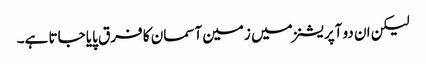
لیکن ان دو آپریشنز میں زمین آسمان کا فرق پایا جاتا ہے۔